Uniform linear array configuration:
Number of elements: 16
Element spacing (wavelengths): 1
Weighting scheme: hamming
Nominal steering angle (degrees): -60
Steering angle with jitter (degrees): -59.33
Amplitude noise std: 0.05
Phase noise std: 0.05

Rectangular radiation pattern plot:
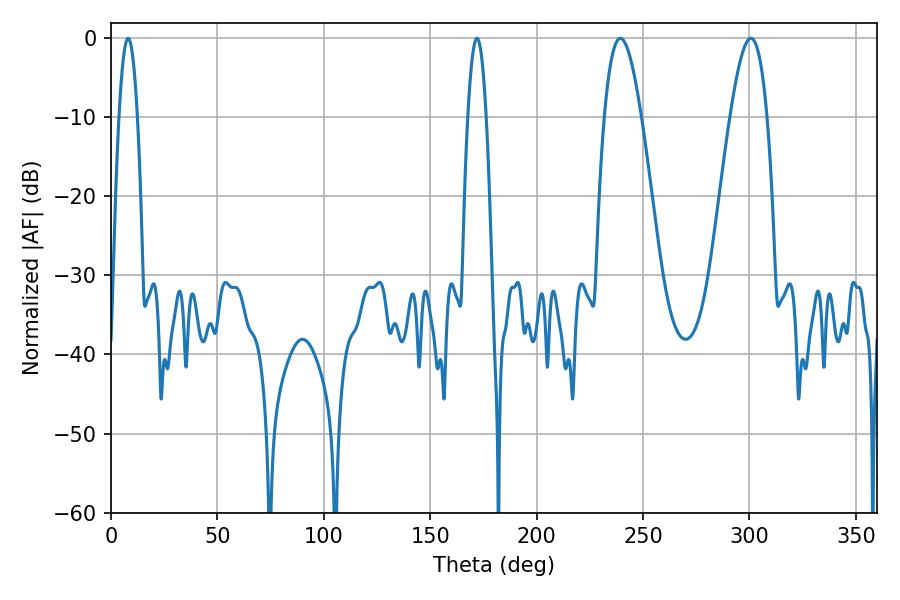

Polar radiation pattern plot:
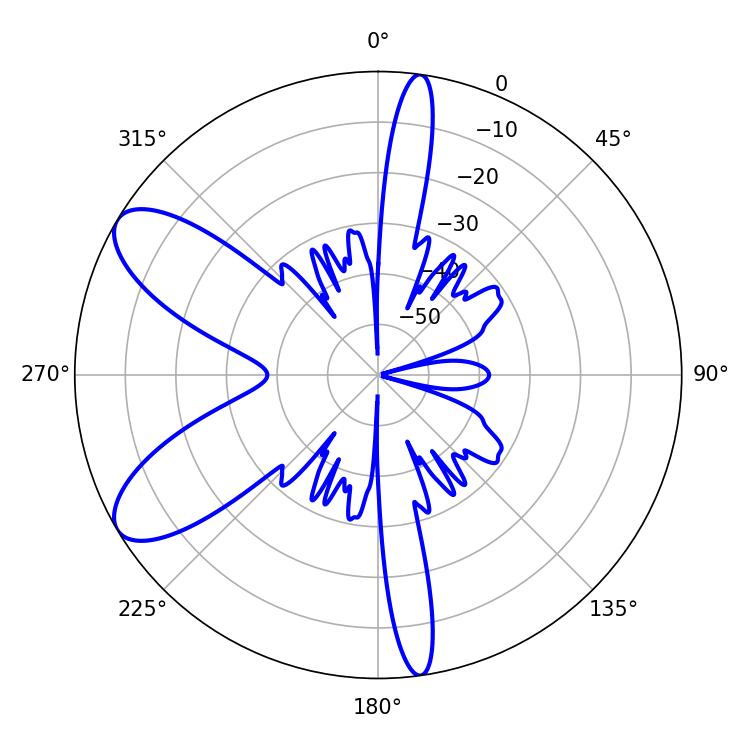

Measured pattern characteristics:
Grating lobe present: TRUE
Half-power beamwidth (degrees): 9.54
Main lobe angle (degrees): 300.6